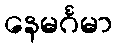
နေမင်္ဂမာ